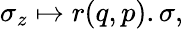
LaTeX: \sigma_{z}\mapsto r(q,p).\sigma,